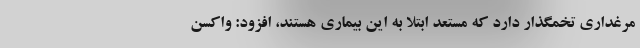
مرغداری تخمگذار دارد که مستعد ابتلا به این بیماری هستند، افزود: واکسن